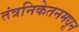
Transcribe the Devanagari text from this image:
तंत्रनिकेतनमधून